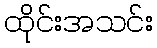
ထိုင်းအသင်း